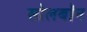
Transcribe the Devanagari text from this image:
सोलबॉन